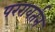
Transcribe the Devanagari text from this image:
पररावर्तन